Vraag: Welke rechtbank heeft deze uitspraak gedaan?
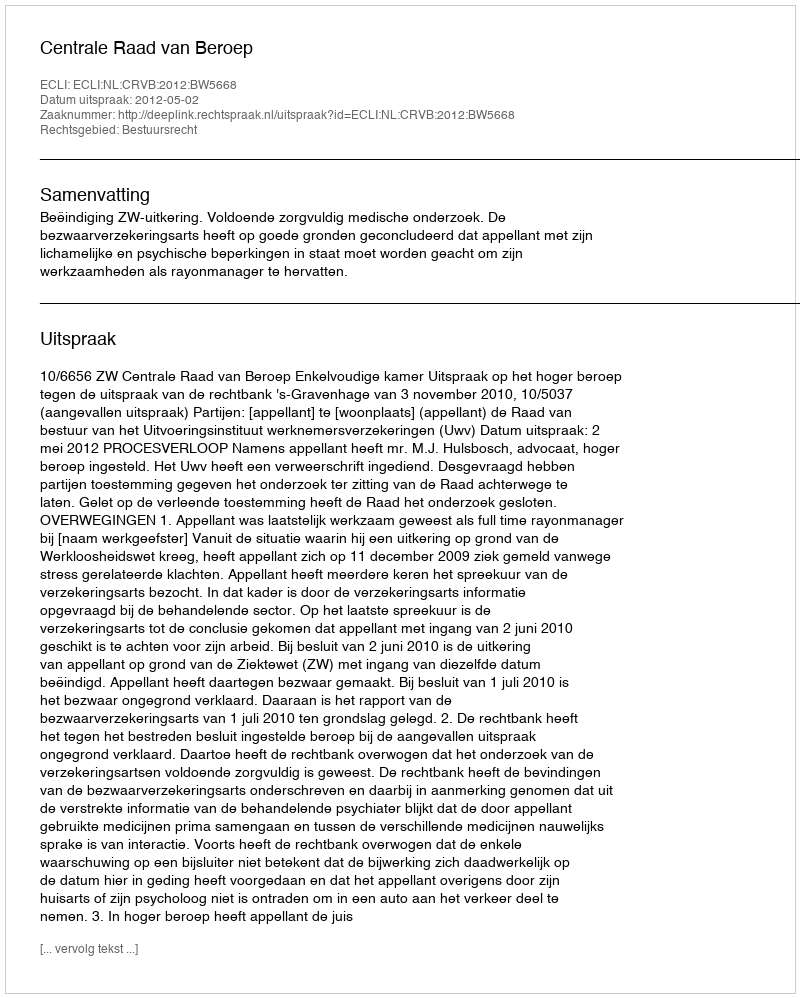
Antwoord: Centrale Raad van Beroep